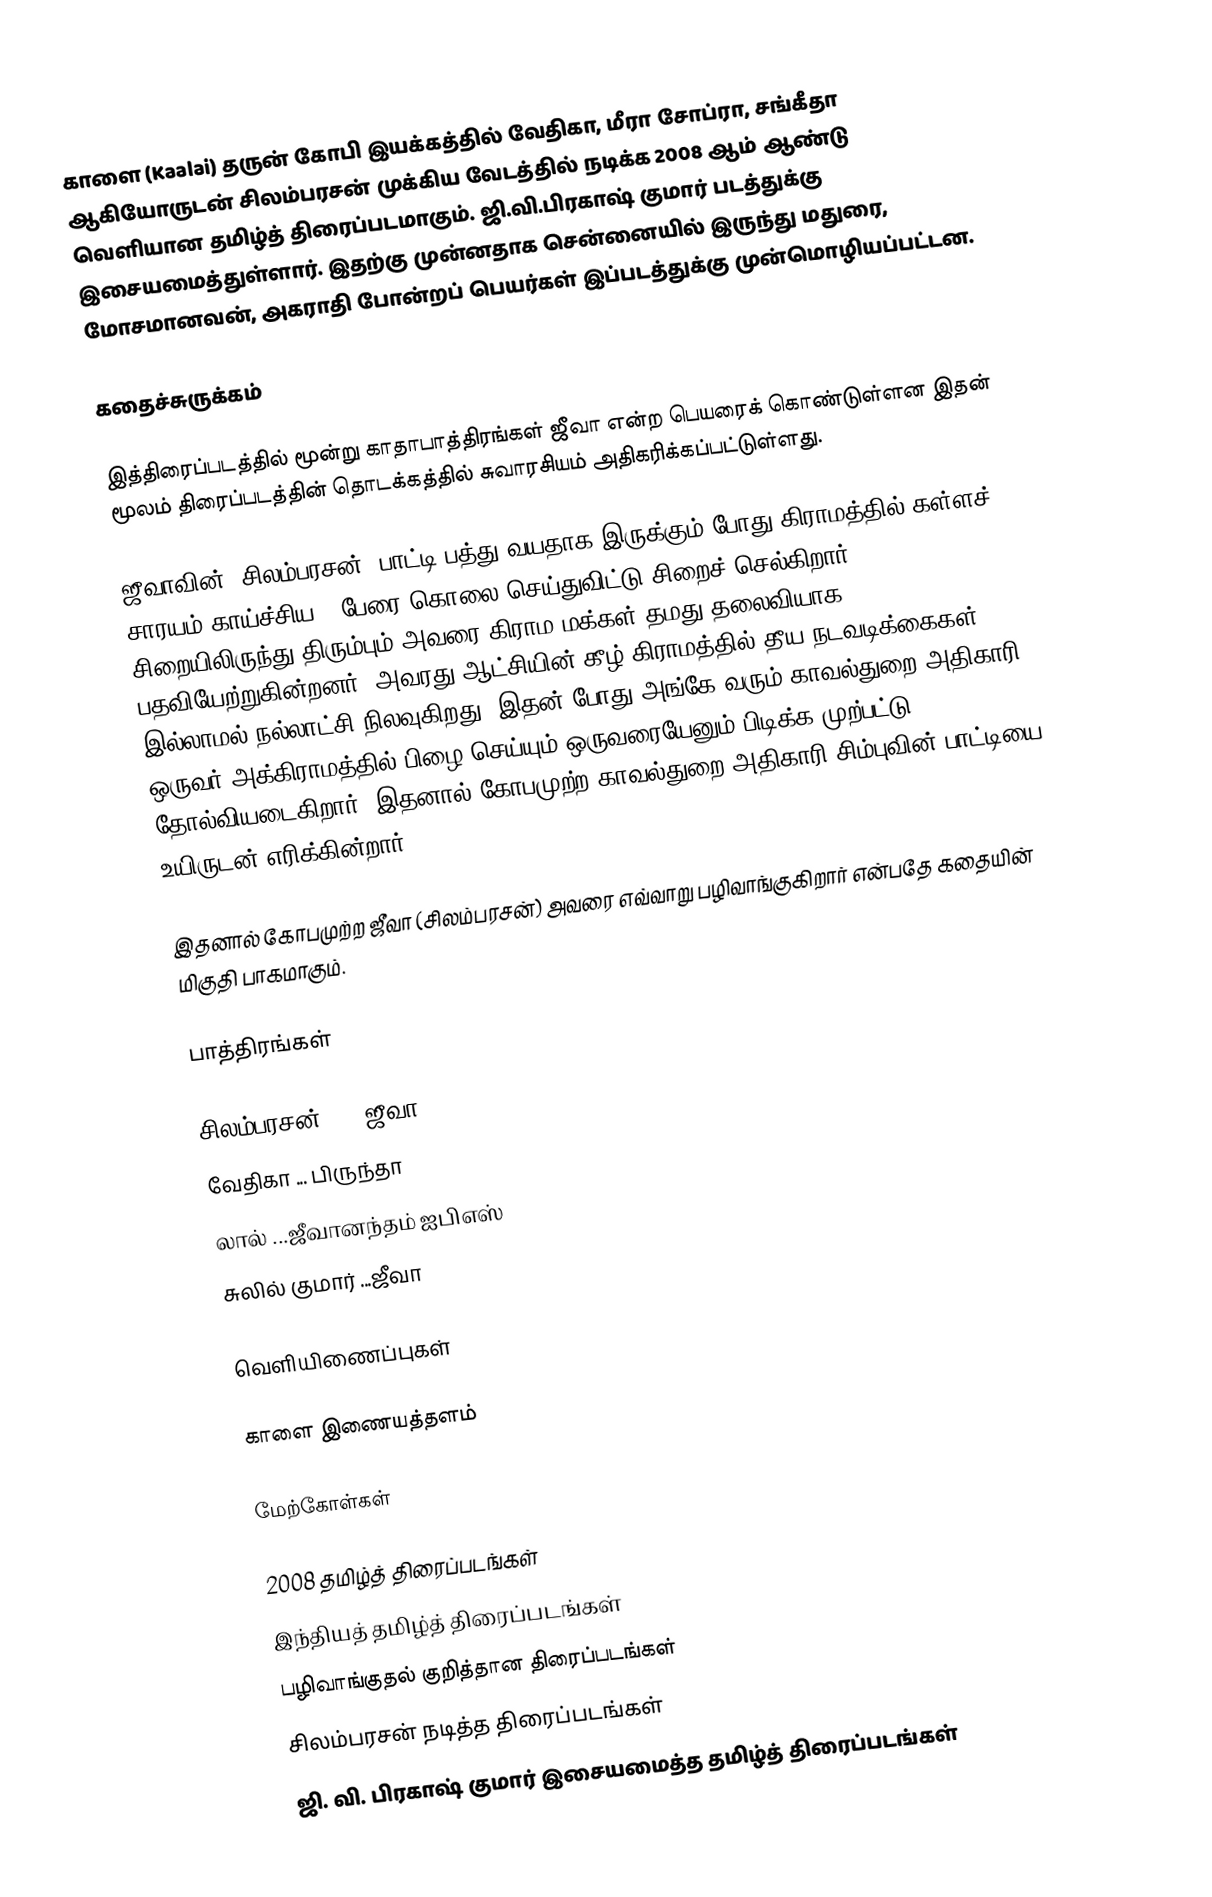
காளை (Kaalai) தருன் கோபி இயக்கத்தில் வேதிகா, மீரா சோப்ரா, சங்கீதா ஆகியோருடன் சிலம்பரசன் முக்கிய வேடத்தில் நடிக்க 2008 ஆம் ஆண்டு வெளியான தமிழ்த் திரைப்படமாகும். ஜி.வி.பிரகாஷ் குமார் படத்துக்கு இசையமைத்துள்ளார். இதற்கு முன்னதாக சென்னையில் இருந்து மதுரை, மோசமானவன், அகராதி போன்றப் பெயர்கள் இப்படத்துக்கு முன்மொழியப்பட்டன.

கதைச்சுருக்கம்

இத்திரைப்படத்தில் மூன்று காதாபாத்திரங்கள் ஜீவா என்ற பெயரைக் கொண்டுள்ளன இதன் மூலம் திரைப்படத்தின் தொடக்கத்தில் சுவாரசியம் அதிகரிக்கப்பட்டுள்ளது.

ஜீவாவின் (சிலம்பரசன்) பாட்டி பத்து வயதாக இருக்கும் போது கிராமத்தில் கள்ளச் சாரயம் காய்ச்சிய 5 பேரை கொலை செய்துவிட்டு சிறைச் செல்கிறார். சிறையிலிருந்து திரும்பும் அவரை கிராம மக்கள் தமது தலைவியாக பதவியேற்றுகின்றனர். அவரது ஆட்சியின் கீழ் கிராமத்தில் தீய நடவடிக்கைகள் இல்லாமல் நல்லாட்சி நிலவுகிறது. இதன் போது அங்கே வரும் காவல்துறை அதிகாரி ஒருவர் அக்கிராமத்தில் பிழை செய்யும் ஒருவரையேனும் பிடிக்க முற்பட்டு தோல்வியடைகிறார். இதனால் கோபமுற்ற காவல்துறை அதிகாரி சிம்புவின் பாட்டியை உயிருடன் எரிக்கின்றார்.

இதனால் கோபமுற்ற ஜீவா (சிலம்பரசன்) அவரை எவ்வாறு பழிவாங்குகிறார் என்பதே கதையின் மிகுதி பாகமாகும்.

பாத்திரங்கள்

 சிலம்பரசன் ... ஜீவா
 வேதிகா ... பிருந்தா
 லால் ...ஜீவானந்தம் ஐபிஎஸ்
 சுலில் குமார் ...ஜீவா

வெளியிணைப்புகள்

 காளை இணையத்தளம்

மேற்கோள்கள்

2008 தமிழ்த் திரைப்படங்கள்
இந்தியத் தமிழ்த் திரைப்படங்கள்
பழிவாங்குதல் குறித்தான திரைப்படங்கள்
சிலம்பரசன் நடித்த திரைப்படங்கள்
ஜி. வி. பிரகாஷ் குமார் இசையமைத்த தமிழ்த் திரைப்படங்கள்